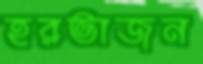
হরভাজন